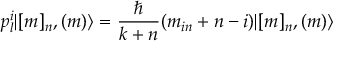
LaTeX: p _ { l } ^ { i } | [ m ] _ { n } , ( m ) \rangle = \frac { \hbar } { k + n } ( m _ { i n } + n - i ) | [ m ] _ { n } , ( m ) \rangle